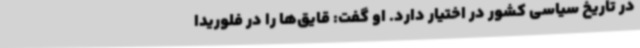
در تاریخ سیاسی کشور در اختیار دارد. او گفت: قایق‌ها را در فلوریدا